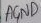
Text: AGND